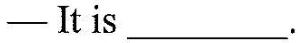
-It is ___.